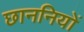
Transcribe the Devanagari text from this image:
छाननियों